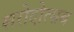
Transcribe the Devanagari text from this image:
शरोदोत्सब